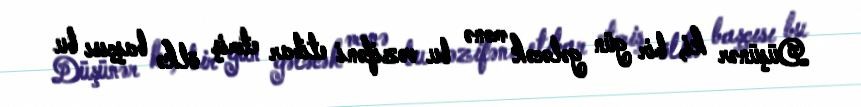
Düşünər ki, bir gün gələcək mənə bu vəzifəni etibar etmiş ölkə başçısı bu